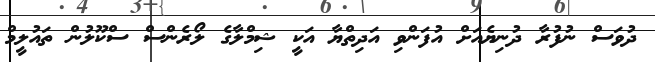
ދުވަސް ނުފުރާ ދުނިޔެއަށް އުފަންވި އަދިތްޔާ އަކީ ޝިމްލާގެ ލޯރެންސް ސްކޫލުން ތައުލީމް